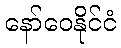
နော်ဝေနိုင်ငံ